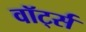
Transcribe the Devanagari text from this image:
वॉर्ट्स